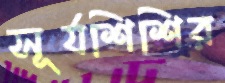
সূর্যশিশির